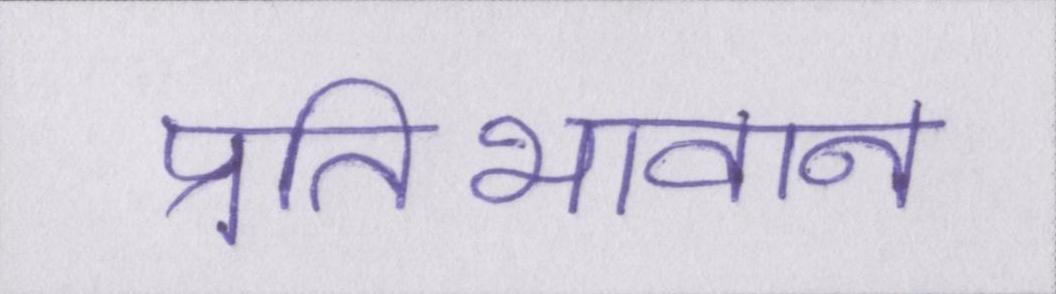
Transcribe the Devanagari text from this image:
प्रतिभावान